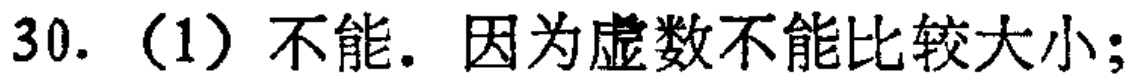
30.（1）不能. 因为虚数不能比较大小;